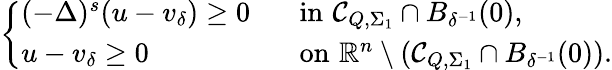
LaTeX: \left\{ \begin{array}{ll}{(-\Delta)^{s}(u-v_{\delta})\geq 0\ \ \ }&{\mathrm{in}\, \, \mathcal C_{Q,\Sigma_{1}}\cap B_{\delta^{-1}}(0),}\\ {u-v_{\delta}\geq 0}&{\mathrm{on}\, \, \mathbb R^{n}\setminus(\mathcal C_{Q,\Sigma_{1}}\cap B_{\delta^{-1}}(0)).}\end{array}\right.